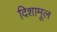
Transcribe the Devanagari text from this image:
दिशामूल